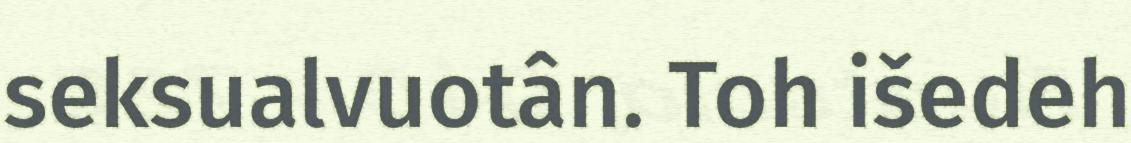
seksualvuotân. Toh išedeh